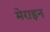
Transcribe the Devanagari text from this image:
मेराइन